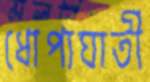
ধোপাঘাতী